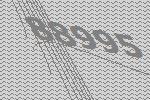
88995